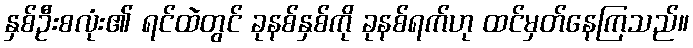
နှစ်ဦးစလုံး၏ ရင်ထဲတွင် ခုနစ်နှစ်ကို ခုနစ်ရက်ဟု ထင်မှတ်နေကြသည်။